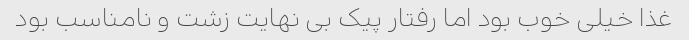
غذا خیلی خوب بود اما رفتار پیک بی نهایت زشت و نامناسب بود